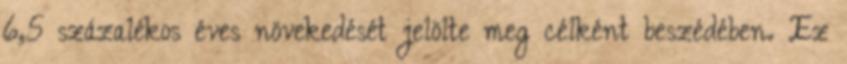
6,5 százalékos éves növekedését jelölte meg célként beszédében. Ez